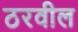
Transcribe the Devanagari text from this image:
ठरवील